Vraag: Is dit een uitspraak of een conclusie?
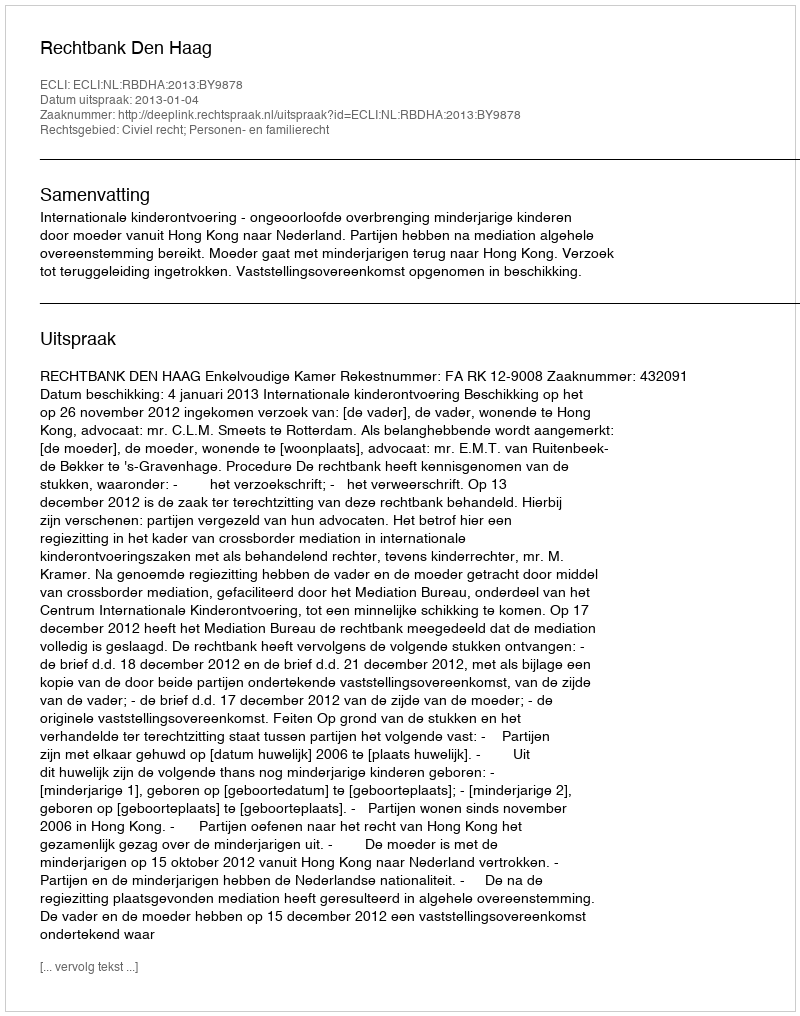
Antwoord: Uitspraak